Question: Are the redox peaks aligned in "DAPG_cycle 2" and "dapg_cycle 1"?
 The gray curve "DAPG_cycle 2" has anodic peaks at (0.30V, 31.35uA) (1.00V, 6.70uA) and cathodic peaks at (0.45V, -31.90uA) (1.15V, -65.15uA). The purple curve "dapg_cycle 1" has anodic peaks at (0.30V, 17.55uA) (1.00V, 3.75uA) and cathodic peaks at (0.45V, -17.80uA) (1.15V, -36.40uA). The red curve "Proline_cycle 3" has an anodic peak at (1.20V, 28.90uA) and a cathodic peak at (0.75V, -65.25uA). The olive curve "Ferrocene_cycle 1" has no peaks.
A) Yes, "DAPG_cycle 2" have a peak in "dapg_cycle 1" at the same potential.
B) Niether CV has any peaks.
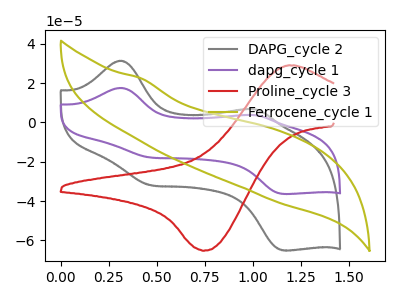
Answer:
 <answer>A) Yes, "DAPG_cycle 2" have a peak in "dapg_cycle 1" at the same potential.</answer>
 <eval>A</eval>